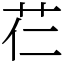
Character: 芢